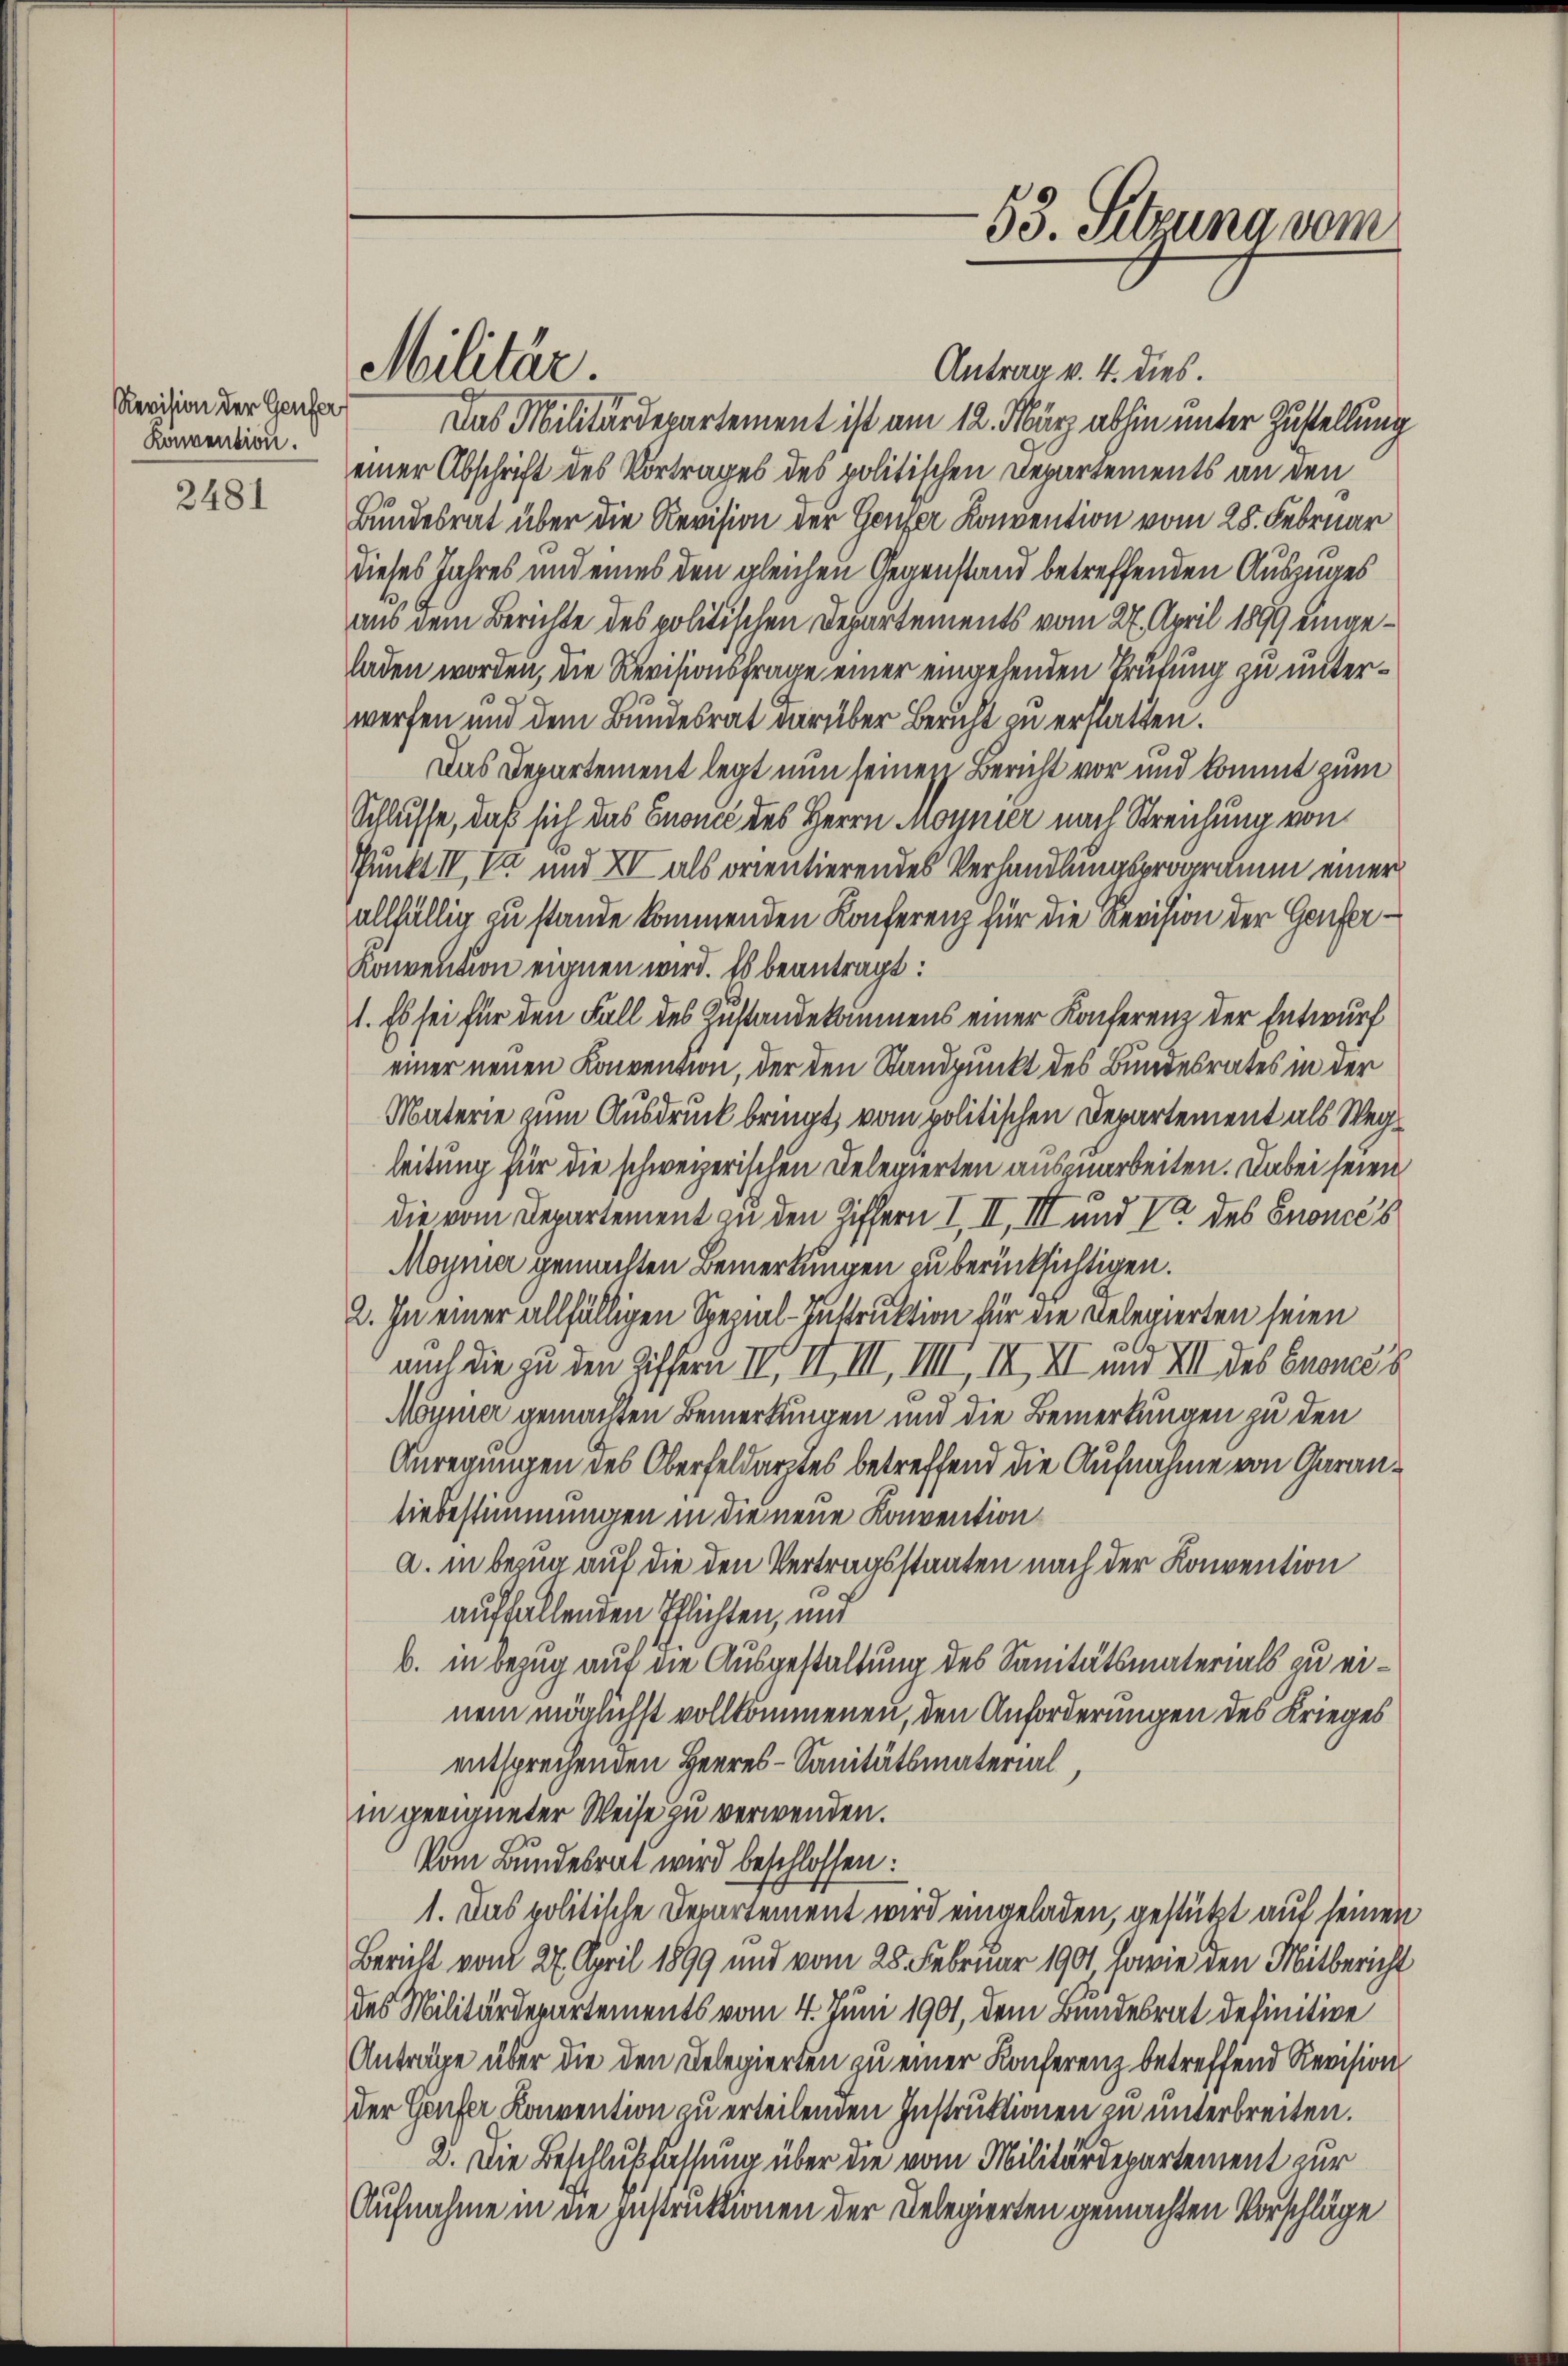
Revision der Genfer
Konvention.

2481

Antrag v. 4. dies.
Das Militärdepartement ist am 12. März abhin unter Zustellung
einer Abschrift des Vortrages des politischen Departements an den
Bundesrat über die Revision der Genfer Konvention vom 28. Februar
dieses Jahres und eines den gleichen Gegenstand betreffenden Auszuges
aus dem Berichte des politischen Departements vom 27. April 1899 eingeladen worden, die Revisionsfrage einer eingehenden Trufung zu unterwerfen und dem Bundesrat darüber Bericht zu erstatten.
Das Departement legt nun seinen Bericht vor und kommt zum
Schlüsse, daß sich das Enoncé des Herrn Moynier nach Streichung von
Punkt IV, V und XV als orientierendes Verhandlungsprogramm einer
allfällig zu stande kommenden Konferenz für die Revision der Genfer¬
Konvention eignen wird. Es beantragt:
1. Es sei für den Fall des Zustandekommens einer Konferenz der Entwurf
einer neuen Konvention, der den Standpunkt des Bundesrates in der
Materie zum Ausdruck bringt, vom politischen Departement als Wegleitung für die schweizerischen Delegierten auszuarbeiten. Dabei seien
die vom Departement zu den Ziffern I. II, III und Va des énoncés
Moynia gemachten Bemerkungen zu berücksichtigen.
2. In einer allfälligen Spezial-Instruktion für die Relegierten seien
auch die zu den Ziffern IV II, III, IIII, III, II und XII des Crones s
Möymer gemachten Bemerkungen und die Bemerkungen zu den
Anregungen des Oberfeldarztes betreffend die Aufnahme von Garanliebestimmungen in die neue Konvention
a. in Bezug auf die den Vertragsstaaten nach der Konvention
auffallenden Pflichten, mit
b. in Bezug auf die Ausgestaltung des Sanitätsmaterials zu einem möglichst vollkommenen, den Anforderungen des Krieges
entsprechenden Herres-Sanitätsmaterial
in geeigneter Weise zu verwenden.
Vom Bundesrat wird beschlossen:
1. Das politische Departement wird eingeladen, gestützt auf seinen
Bericht vom 27. April 1899 und vom 28. Februar 1901, sowie den Mitbericht
des Militärdepartements vom 4. Juni 1901, dem Bundesrat definitive
Anträge über die den Delegierten zu einer Konferenz betreffend Revision
der Genfer Konvention zu erteilenden Instruktionen zu unterbreiten.
2. Die Beschlußfassung über die vom Militärdepartement zur
Aufnahme in die Instruktionen der Delegierten gemachten Vorschläge

Militär.

53. Setzung vom